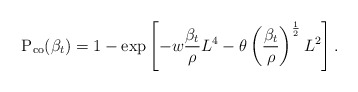
\begin{align*} \textrm{P}_\textrm{co}(\beta_t) = 1- \exp \left[ - w \frac{\beta_t}{\rho}L^4 - \theta \left(\frac{\beta_t}{\rho}\right)^{\frac{1}{2}} L^2 \right].\end{align*}